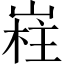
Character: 嵀